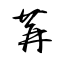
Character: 冓